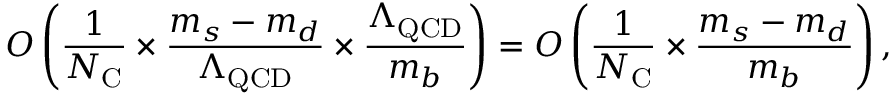
{ \cal O } \left( \frac { 1 } { N _ { \mathrm { C } } } \times \frac { m _ { s } - m _ { d } } { \Lambda _ { \mathrm { Q C D } } } \times \frac { \Lambda _ { \mathrm { Q C D } } } { m _ { b } } \right) = { \cal O } \left( \frac { 1 } { N _ { \mathrm { C } } } \times \frac { m _ { s } - m _ { d } } { m _ { b } } \right) ,